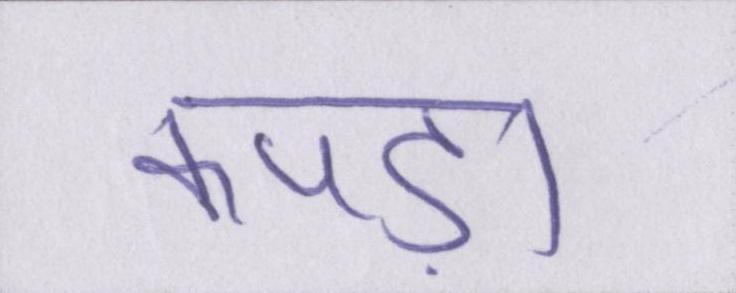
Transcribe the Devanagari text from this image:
कपड़ा